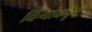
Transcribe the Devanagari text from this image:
चिन्यांकडून